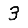
Digit: 3